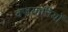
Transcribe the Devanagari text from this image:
वज्रयानियों